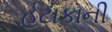
હટાકાની